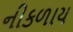
નીકળાય